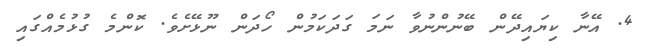
4. އޭނާ ކިޔައިދޭން ބޭނުންނުވާ ނަމަ ގަދަކަމުން ހޯދަން ނޫޅޭށެވެ. ކޮންމެ ގުޅުމެއްގައި